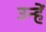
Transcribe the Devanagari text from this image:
उन्हें